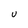
Character: U